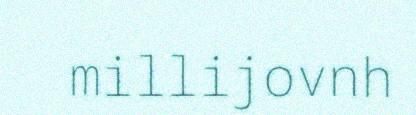
millijovnh